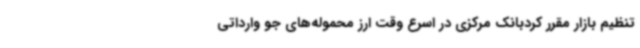
تنظیم بازار مقرر کردبانک مرکزی در اسرع وقت ارز محموله‌های جو وارداتی